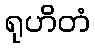
ရုဟိတံ